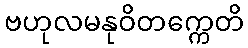
ဗဟုလမနုဝိတက္ကေတိ